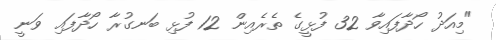
"މިއަދު ހޯދާފައިވާ 32 ފުޅީގެ ތެރެއިން 12 ފުޅި ބަނގުރާ ހޯދާފައި ވަނީ